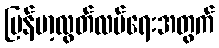
မြန်မာ့လွတ်လပ်ရေးအတွက်